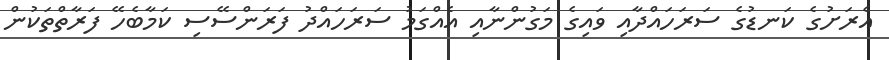
އެރަށުގެ ކަނޑުގެ ސަރަހައްދާއި ވައިގެ މަގުންނާއި އެއްގަމު ސަރަހައްދު ފަރަންސޭސި ކަމާބެހޭ ފަރާތްތަކުން